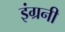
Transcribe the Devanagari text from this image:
इंग्रनी